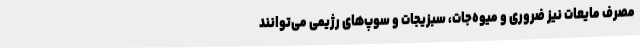
مصرف مایعات نیز ضروری و میوه‌جات، سبزیجات و سوپ‌های رژیمی می‌توانند